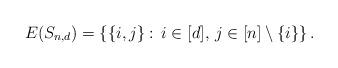
LaTeX: \begin{align*} E(S_{n,d})=\left\{ \{i,j\}:\, i\in[d],\, j\in[n]\setminus\{i\}\right\}.\end{align*}